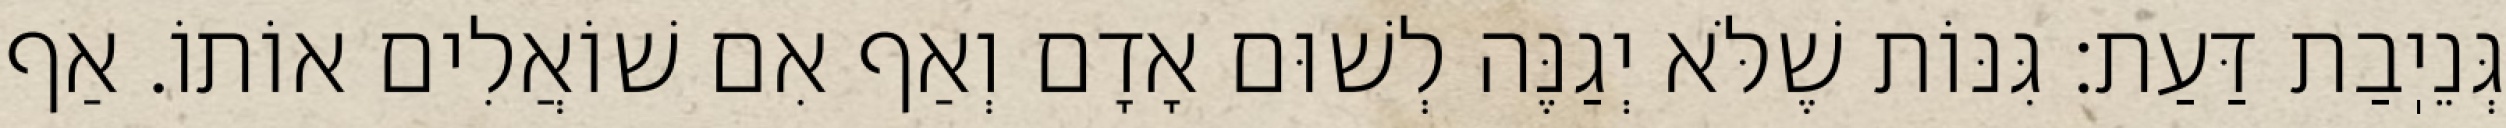
גְּנֵיֽבַת דַּעַת: גִּנּוֹת שֶׁלֹּא יְגַנֶּה לְשׁוּם אָדָם וְאַף אִם שׁוֹאֲלִים אוֹתוֹ. אַף